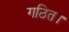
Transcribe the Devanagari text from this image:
गठित।